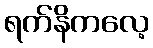
ရက်နိကလေ့